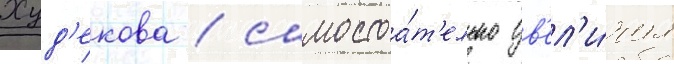
Худ'екова / самостоа́т'ельно ув'ел'и́чил